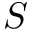
S